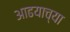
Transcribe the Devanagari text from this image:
आढयाच्या